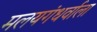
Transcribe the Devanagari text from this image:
मलयगंधर्वाला